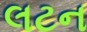
લટન